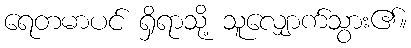
ရေတမာပင် ရှိရာသို့ သူလျှောက်သွား၏။